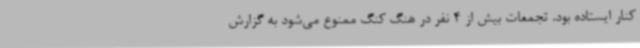
کنار ایستاده بود. تجمعات بیش از 4 نفر در هنگ کنگ ممنوع می‌شود به گزارش